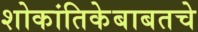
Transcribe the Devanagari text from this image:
शोकांतिकेबाबतचे